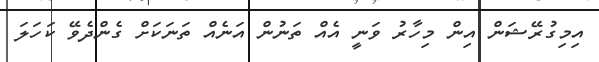
އިމިގުރޭޝަން އިން މިހާރު ވަނީ އެއް ތަނުން އަނެއް ތަނަކަށް ގެންދެވޭ ކަހަލަ